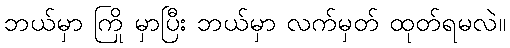
ဘယ်မှာ ကြို မှာပြီး ဘယ်မှာ လက်မှတ် ထုတ်ရမလဲ။